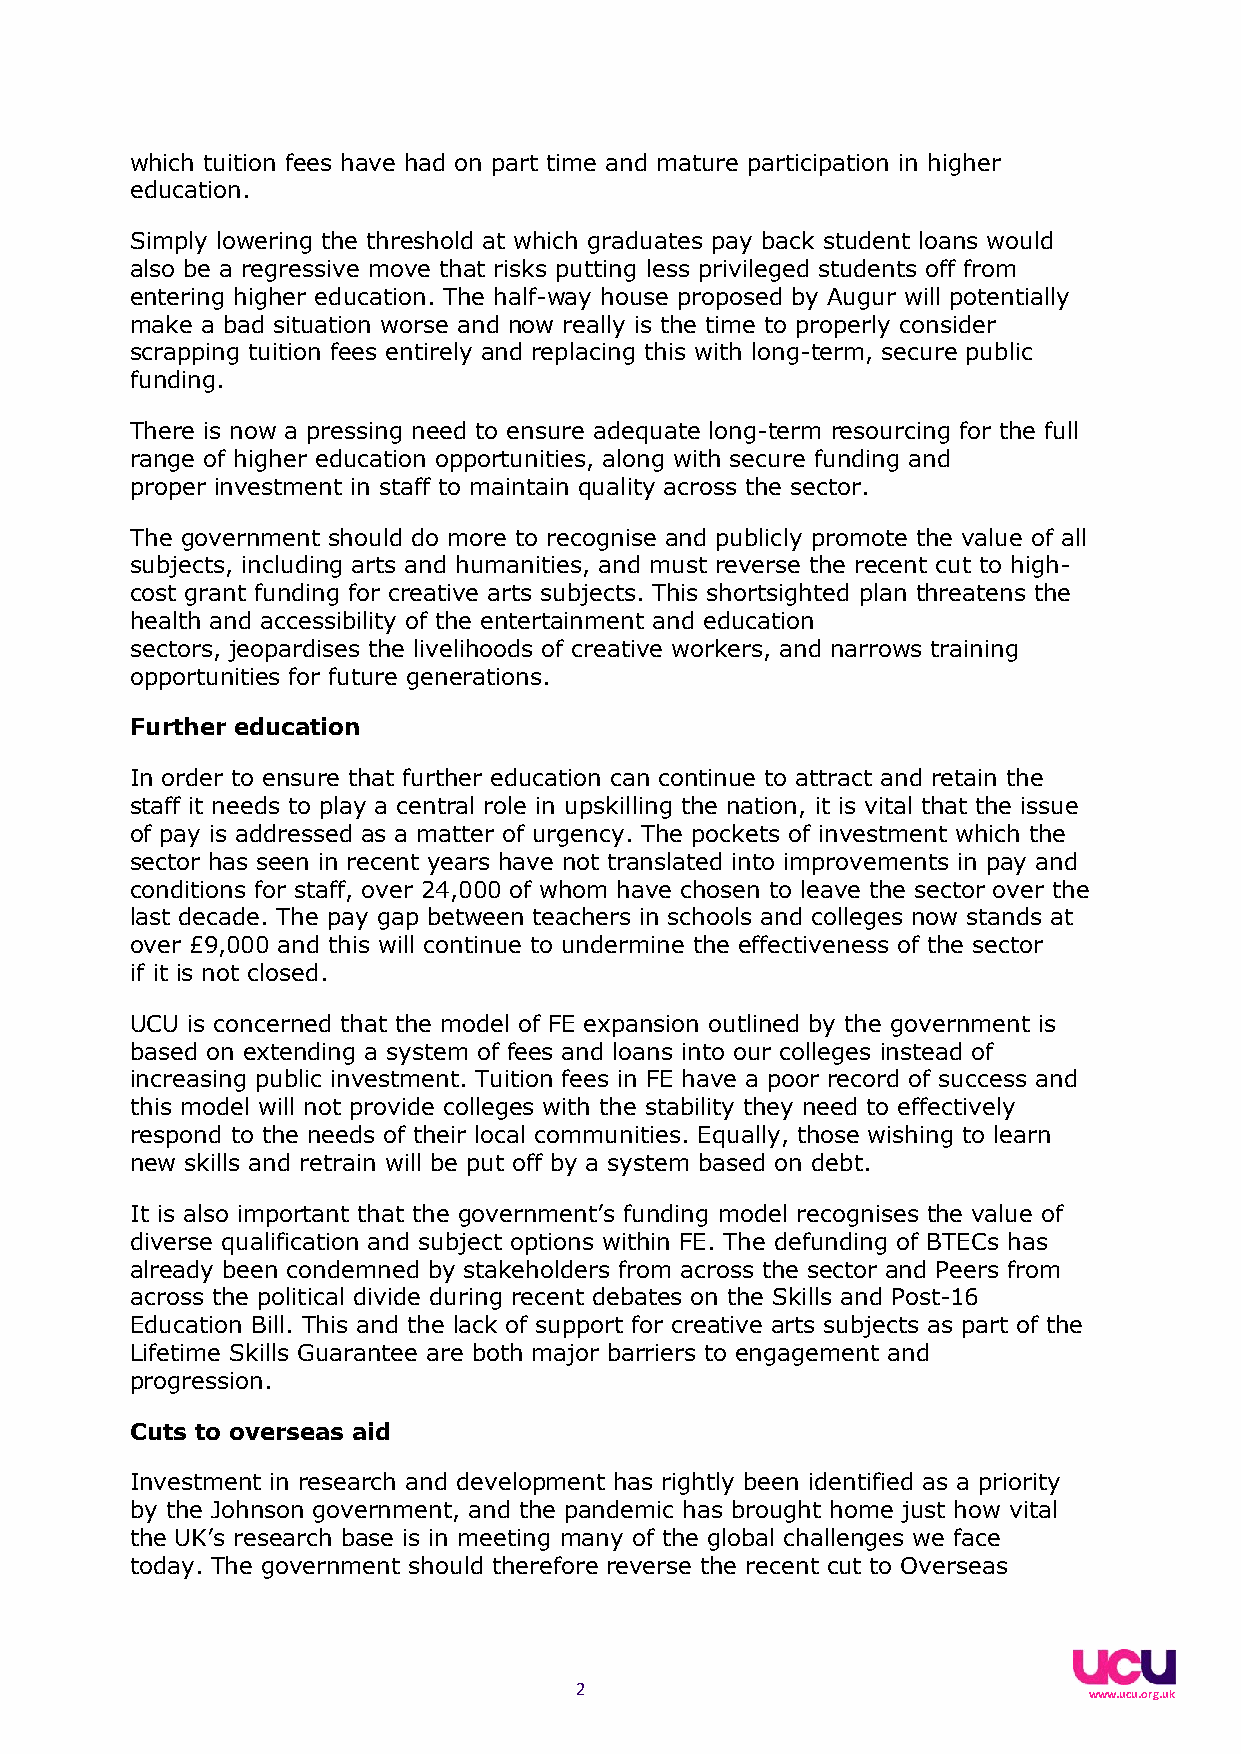
which tuition fees have had on part time and mature participation in higher
 education.
 Simply lowering the threshold at which graduates pay back student loans would
 also be a regressive move that risks putting less privileged students off from
 entering higher education. The half-way house proposed by Augur will potentially
 make a bad situation worse and now really is the time to properly consider
 scrapping tuition fees entirely and replacing this with long-term, secure public
 funding.
 There is now a pressing need to ensure adequate long-term resourcing for the full
 range of higher education opportunities, along with secure funding and
 proper investment in staff to maintain quality across the sector.
 The government should do more to recognise and publicly promote the value of all
 subjects, including arts and humanities, and must reverse the recent cut to high-
 cost grant funding for creative arts subjects. This shortsighted plan threatens the
 health and accessibility of the entertainment and education
 sectors, jeopardises the livelihoods of creative workers, and narrows training
 opportunities for future generations.
 Further education
 In order to ensure that further education can continue to attract and retain the
 staff it needs to play a central role in upskilling the nation, it is vital that the issue
 of pay is addressed as a matter of urgency. The pockets of investment which the
 sector has seen in recent years have not translated into improvements in pay and
 conditions for staff, over 24,000 of whom have chosen to leave the sector over the
 last decade. The pay gap between teachers in schools and colleges now stands at
 over £9,000 and this will continue to undermine the effectiveness of the sector
 if it is not closed.
 UCU is concerned that the model of FE expansion outlined by the government is
 based on extending a system of fees and loans into our colleges instead of
 increasing public investment. Tuition fees in FE have a poor record of success and
 this model will not provide colleges with the stability they need to effectively
 respond to the needs of their local communities. Equally, those wishing to learn
 new skills and retrain will be put off by a system based on debt.
 It is also important that the government’s funding model recognises the value of
 diverse qualification and subject options within FE. The defunding of BTECs has
 already been condemned by stakeholders from across the sector and Peers from
 across the political divide during recent debates on the Skills and Post-16
 Education Bill. This and the lack of support for creative arts subjects as part of the
 Lifetime Skills Guarantee are both major barriers to engagement and
 progression.
 Cuts to overseas aid
 Investment in research and development has rightly been identified as a priority
 by the Johnson government, and the pandemic has brought home just how vital
 the UK’s research base is in meeting many of the global challenges we face
 today. The government should therefore reverse the recent cut to Overseas
 2
 www.ucu.org.uk